Civil Veterinary Dept. North-West Frontier Province 1933-46 - 1933-1946
Year: 1933
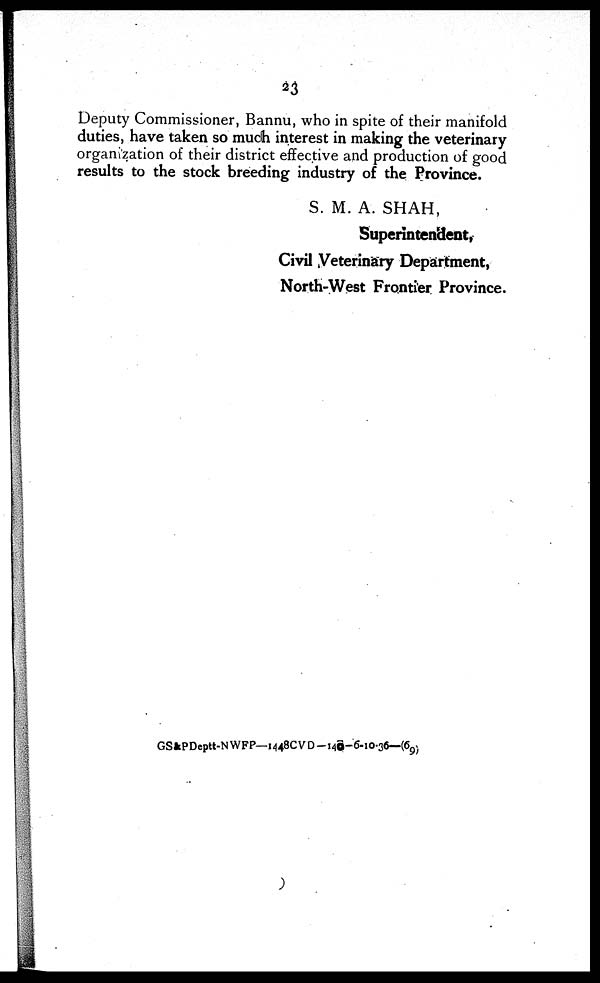
23
Deputy Commissioner, Bannu, who in spite of their manifold
duties, have taken so much interest in making the veterinary
organization of their district effective and production of good
results to the stock breeding industry of the Province.
S. M. A. SHAH,
Superintendent,
Civil Veterinary Department,
North-West Frontier Province.
GS&PDeptt-NWFP—1448CVD-140-6-10-36—(69)